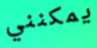
يمكنني